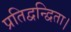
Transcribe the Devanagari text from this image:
प्रतिद्वन्द्विता।